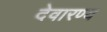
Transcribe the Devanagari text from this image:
देवारण्य